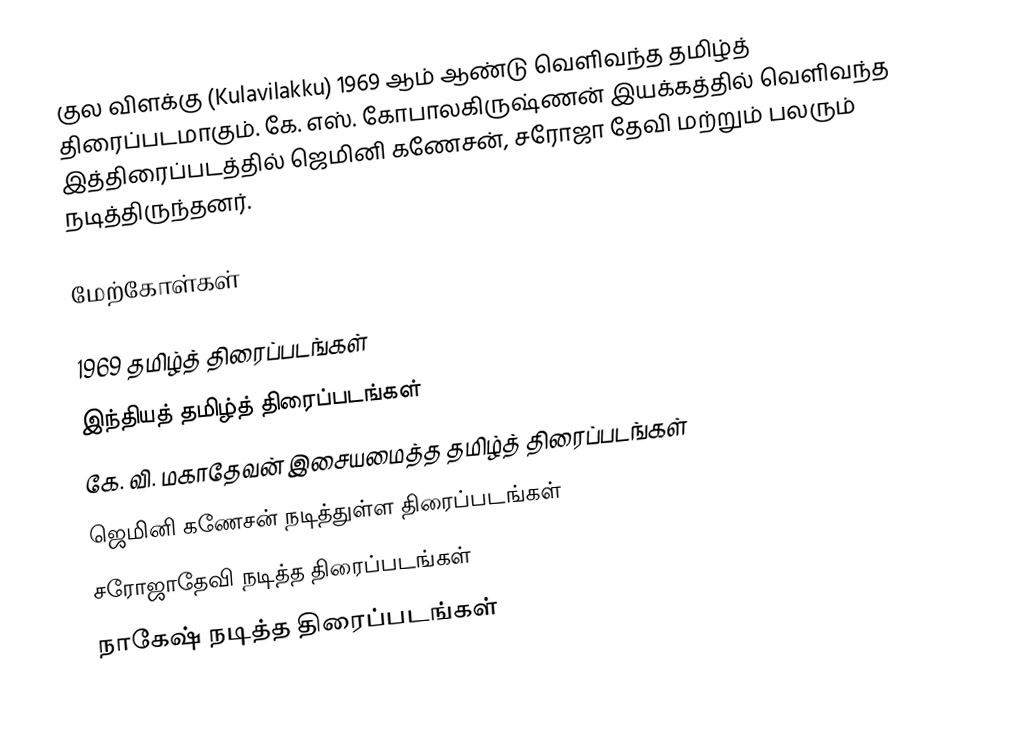
குல விளக்கு (Kulavilakku) 1969 ஆம் ஆண்டு வெளிவந்த தமிழ்த் திரைப்படமாகும். கே. எஸ். கோபாலகிருஷ்ணன் இயக்கத்தில் வெளிவந்த இத்திரைப்படத்தில் ஜெமினி கணேசன், சரோஜா தேவி மற்றும் பலரும் நடித்திருந்தனர்.

மேற்கோள்கள்

1969 தமிழ்த் திரைப்படங்கள்
இந்தியத் தமிழ்த் திரைப்படங்கள்
கே. வி. மகாதேவன் இசையமைத்த தமிழ்த் திரைப்படங்கள்
ஜெமினி கணேசன் நடித்துள்ள திரைப்படங்கள்
சரோஜாதேவி நடித்த திரைப்படங்கள்
நாகேஷ் நடித்த திரைப்படங்கள்